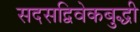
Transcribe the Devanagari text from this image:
सदसद्विवेकबुद्धी